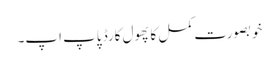
خوبصورت کمل کا پھول کارڈ پاپ اپ۔